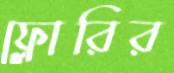
ফ্লোরির